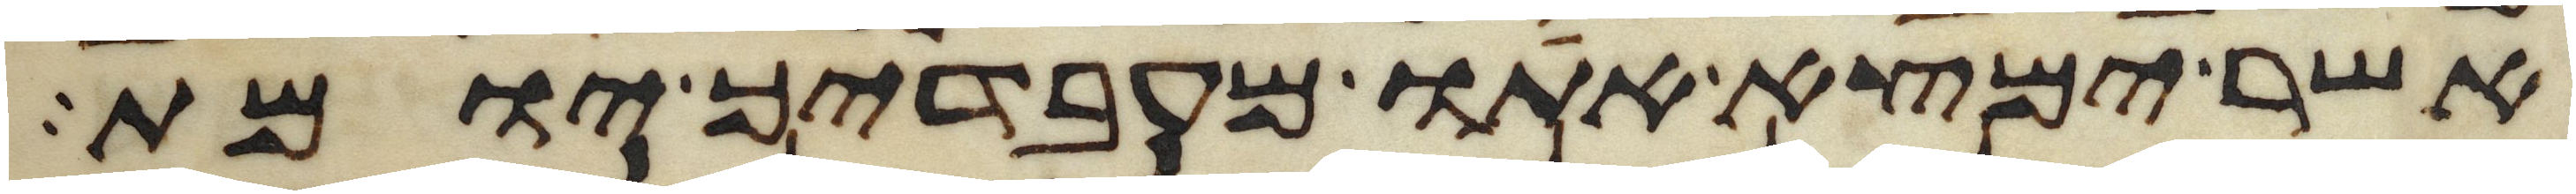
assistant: אשר ימצא אתו מעבדיך יומת